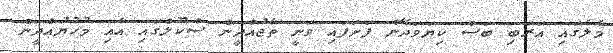
މާލެގައި އަރަބި ބަސް ކިޔަވަދޭން ފަށަފައި ވަނީ ތާޖުއްދީން ސްކޫލްގައި އާއި މުހުޔުއްދީން